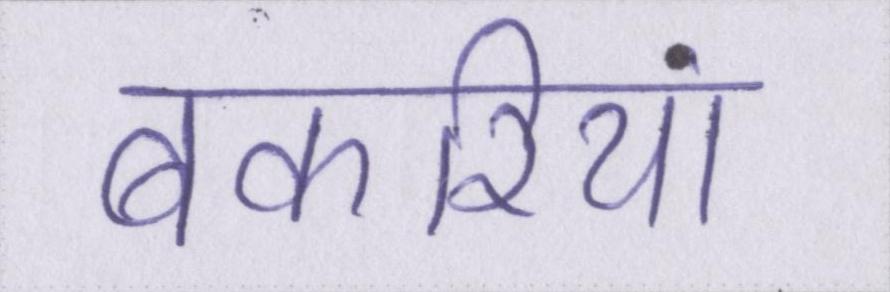
बकरियां